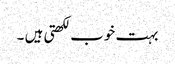
بہت خوب لکھتی ہیں ۔